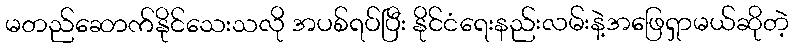
မတည်ဆောက်နိုင်သေးသလို အပစ်ရပ်ပြီး နိုင်ငံရေးနည်းလမ်းနဲ့အဖြေရှာမယ်ဆိုတဲ့